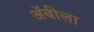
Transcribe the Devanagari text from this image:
अॅबीला